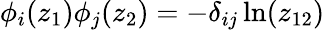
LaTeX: \phi_{i}(z_{1})\phi_{j}(z_{2})=-\delta_{ij}\ln(z_{12})